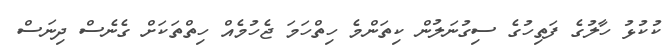
ކުކުޅު ހާލުގެ ފަތިހުގެ ސިގުނަލުން ކިތަންމެ ހިތްހަމަ ޖެހުމެއް ހިތްތަކަށް ގެނެސް ދިނަސް